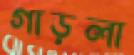
গাড়লা